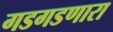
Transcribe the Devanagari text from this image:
गडगडणारा